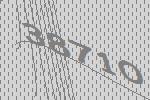
38710